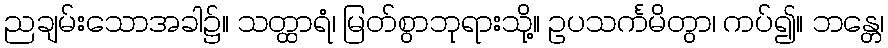
ညချမ်းသောအခါ၌။ သတ္ထာရံ၊ မြတ်စွာဘုရားသို့။ ဥပသင်္ကမိတွာ၊ ကပ်၍။ ဘန္တေ၊